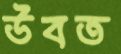
উবত